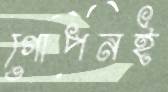
গোপনই